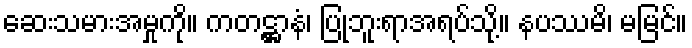
ဆေးသမားအမှုကို။ ကတဋ္ဌာနံ၊ ပြုဘူးရာအရပ်သို့။ နပဿမိ၊ မမြင်။